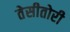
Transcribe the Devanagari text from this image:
तेसीतोरी